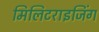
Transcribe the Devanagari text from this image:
मिलिटराइजिंग